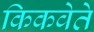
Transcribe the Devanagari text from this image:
किकवेते